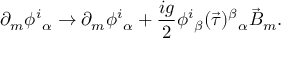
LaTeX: \partial _ { m } \phi ^ { i } { } _ { \alpha } \to \partial _ { m } \phi ^ { i } { } _ { \alpha } + \frac { i g } { 2 } \phi ^ { i } { } _ { \beta } ( \vec { \tau } ) ^ { \beta } { } _ { \alpha } \vec { B } _ { m } .